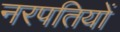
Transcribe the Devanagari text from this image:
नरपतियों